Report of an investigation into the causes of malaria in Bombay and the measures necessary for its control
Disease focus: Malaria
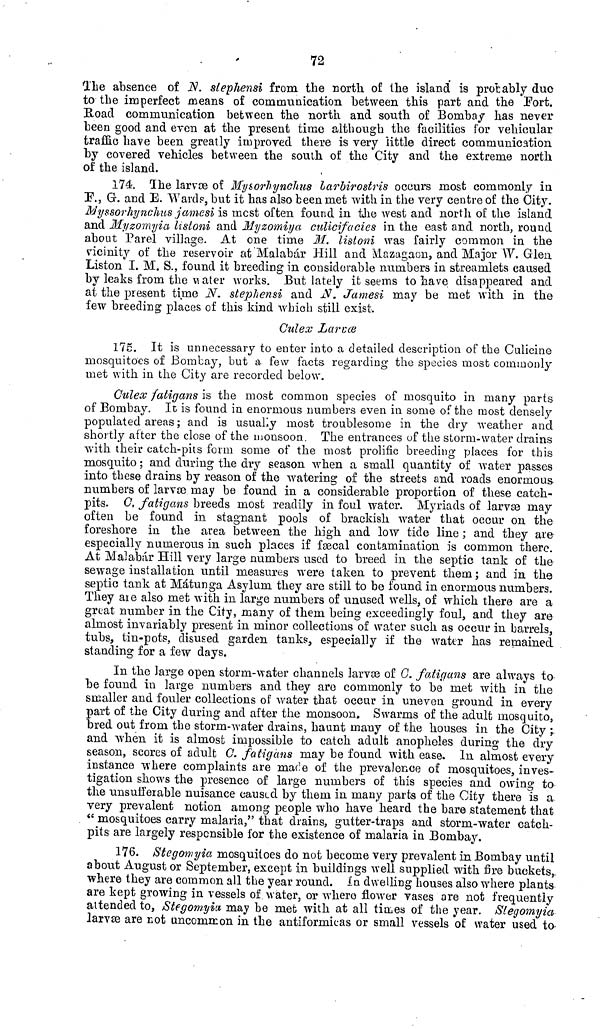
72
The absence of N. stephensi from the north of the island is probably duo
to the imperfect means of communication between this part and the Port.
Road communication between the north and south of Bombay has never
been good and even at the present time although the facilities for vehicular
traffic have been greatly improved there is very little direct communication
by covered vehicles between the south of the City and the extreme north
of the island.
174. The larvœ of Mysorhynchus larbirostris occurs most commonly in
F., G. and E. Wards, but it has also been met with in the very centre of the City.
Myssorhynchus jamesi is mast often found in the west and north of the island
and Myzomyia listoni and Myzomiya culicifacies in the east and north, round
about Parel village. At one time M. listoni was fairly common in the
vicinity of the reservoir at Malabár Hill and Mazagaon, and Major W. Glen
Liston I. M. S., found it breeding in considerable numbers in streamlets caused
by leaks from the water works. But lately it seems to have disappeared and
at the present time N. stephensi and N. Jamesi may be met with in the
few breeding places of this kind which still exist.
Culex Larvæ
175. It is unnecessary to enter into a detailed description of the Culicine
mosquitoes of Bombay, but a few facts regarding the species most commonly
met with in the City are recorded below.
Culex fatigans is the most common species of mosquito in many parts
of Bombay. It is found in enormous numbers even in some of the most densely
populated areas ; and is usually most troublesome in the dry weather and
shortly after the close of the monsoon. The entrances of the storm-water drains
with their catch-pits form some of the most prolific breeding places for this
mosquito ; and during the dry season when a small quantity of water passes
into these drains by reason of the watering of the streets and roads enormous
numbers of larvæ may be found in a considerable proportion of these catch-
pits. G, fatigans breeds most readily in foul water. Myriads of larvæ may
often be found in stagnant pools of brackish water that occur on the
foreshore in the area between the high and low tide line ; and they are
especially numerous in such places if fæcal contamination is common there.
At Malabár Hill very large numbers used to breed in the septic tank of the
sewage installation until measures were taken to prevent them; and in the
septic tank at Mátunga Asylum they are still to be found in enormous numbers.
They are also met with in large numbers of unused wells, of which there are a
great number in the City, many of them being exceedingly foul, and they are
almost invariably present in minor collections of water such as occur in barrels,
tubs, tin-pots, disused garden tanks, especially if the water has remained
standing for a few days.
In the large open storm-water channels larvæ of G. fatigans are always to
be found in large numbers and they are commonly to be met with in the
smaller and fouler collections of water that occur in uneven ground in every
part of the City during and after the monsoon, Swarms of the adult mosquito,
bred out from the storm-water drains, haunt many of the houses in the City ;.
and when it is almost impossible to catch adult; anopheles during the dry
season, scores of adult G. fatigans may be found with ease. In almost every
instance where complaints are made of the prevalence of mosquitoes, inves-
tigation shows the presence of large numbers of this species and owing to
the unsufferable nuisance caused by them in many parts of the City there is a
very prevalent notion among people who have heard the bare statement that
"mosquitoes carry malaria," that drains, gutter-traps and storm-water catch-
pits are largely responsible for the existence of malaria in Bombay.
176. Stegomyia mosquitoes do not become very prevalent in Bombay until
about August or September, except in buildings well supplied with fire buckets,
where they are common all the year round. In dwelling houses also where plants
are kept growing in vessels of water, or where flower vases are not frequently
attended to, Stegomyia may be met with at all times of the year. Slegomyia
larvæ are cot uncommon in the antiformicas or small vessels of water used to